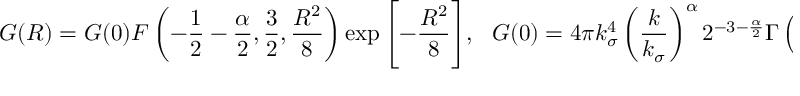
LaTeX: { \cal G } ( R ) = { \cal G } ( 0 ) F \left( - \frac { 1 } { 2 } - \frac { \alpha } { 2 } , \frac { 3 } { 2 } , \frac { R ^ { 2 } } { 8 } \right) \exp { \Biggl [ - \frac { R ^ { 2 } } { 8 } \Biggr ] } , ~ ~ ~ { \cal G } ( 0 ) = 4 \pi k _ { \sigma } ^ { 4 } \left( \frac { k } { k _ { \sigma } } \right) ^ { \alpha } 2 ^ { - 3 - \frac { \alpha } { 2 } } \Gamma \left( 2 + \frac { \alpha } { 2 } \right)